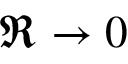
\Re \rightarrow 0